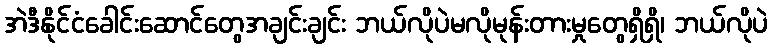
အဲဒီနိုင်ငံခေါင်းဆောင်တွေအချင်းချင်း ဘယ်လိုပဲမလိုမုန်းတားမှုတွေရှိရှိ၊ ဘယ်လိုပဲ